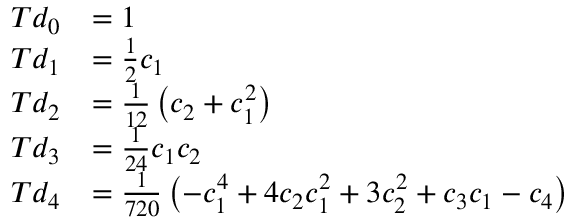
{ \begin{array} { r l } { T d _ { 0 } } & { = 1 } \\ { T d _ { 1 } } & { = { \frac { 1 } { 2 } } c _ { 1 } } \\ { T d _ { 2 } } & { = { \frac { 1 } { 1 2 } } \left( c _ { 2 } + c _ { 1 } ^ { 2 } \right) } \\ { T d _ { 3 } } & { = { \frac { 1 } { 2 4 } } c _ { 1 } c _ { 2 } } \\ { T d _ { 4 } } & { = { \frac { 1 } { 7 2 0 } } \left( - c _ { 1 } ^ { 4 } + 4 c _ { 2 } c _ { 1 } ^ { 2 } + 3 c _ { 2 } ^ { 2 } + c _ { 3 } c _ { 1 } - c _ { 4 } \right) } \end{array} }